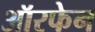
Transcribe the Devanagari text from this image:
ऑरफेन